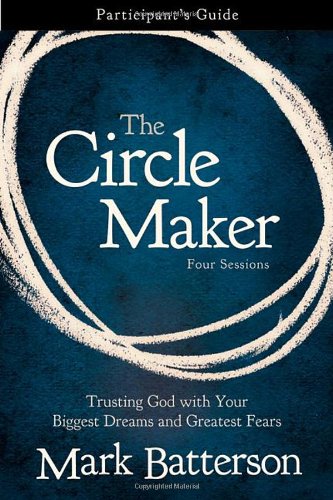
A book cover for The Circle Maker Participant's Guide: Praying Circles Around Your Biggest Dreams and Greatest Fears; Mark Batterson; Christian Books & Bibles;